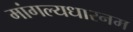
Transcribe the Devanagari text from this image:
मांगल्यधारनम